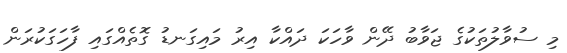
މި ސުވާލުތަކުގެ ޖަވާބު ދޭން ވާހަކަ ދައްކާ އިރު މައިގަނޑު ގޮތެއްގައި ފާހަގަކުރަން